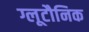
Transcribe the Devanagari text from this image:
ग्लूटौनिक